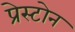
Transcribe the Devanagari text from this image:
प्रेस्टोन